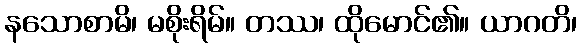
နသောစာမိ၊ မစိုးရိမ်။ တဿ၊ ထိုမောင်၏။ ယာဂတိ၊